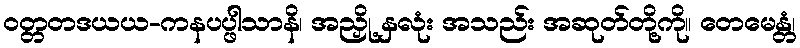
ဝတ္တတဒယယ-ကနပပ္ဖါသာနိ၊ အညှို့ နှလုံး အသည်း အဆုတ်တို့ကို။ တေမေန္တံ၊